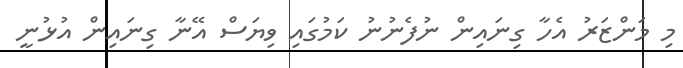
މި މަންޒަރު އެހާ ގިނައިން ނުފެނުނު ކަމުގައި ވިޔަސް އޭނާ ގިނައިން އުޅުނީ